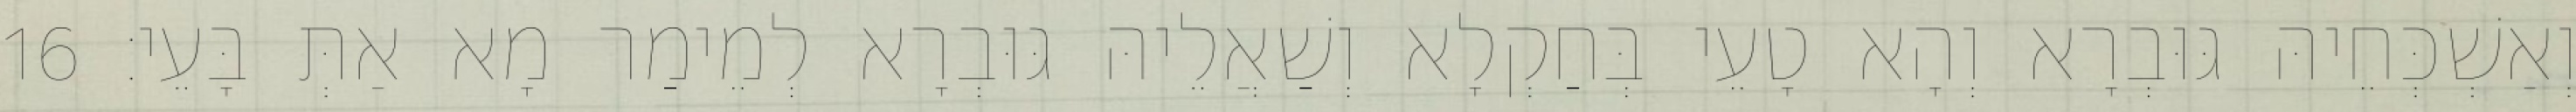
וְאַשְׁכְּחֵיהּ גּוּבְרָא וְהָא טָעֵי בְּחַקְלָא וְשַׁאֲלֵיהּ גּוּבְרָא לְמֵימַר מָא אַתְּ בָּעֵי׃ 16